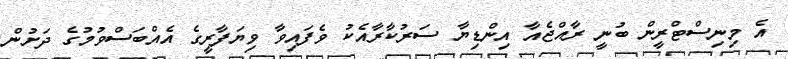
އެ މިނިސްޓްރީން ބުނީ ރާއްޖެއާ އިންޑިޔާ ސަރުކާރާއެކު ވެފައިވާ ވިޔަފާރީގެ އެއްބަސްވުމުގެ ދަށުން